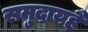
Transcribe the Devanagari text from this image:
समुदायहै